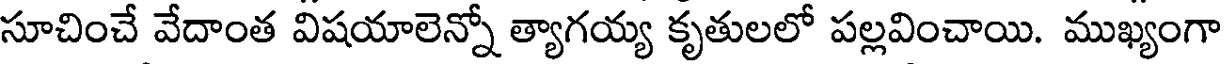
సూచించే వేదాంత విషయాలెన్నో త్యాగయ్య కృతులలో పల్లవించాయి. ముఖ్యంగా